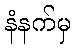
နံနက်မှ